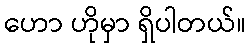
ဟော ဟိုမှာ ရှိပါတယ်။